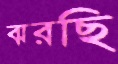
ঝরছি